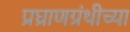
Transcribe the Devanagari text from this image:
प्रघ्राणग्रंथीच्या